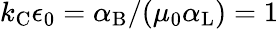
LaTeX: k_{\mathrm{{C}}}\epsilon_{0}=\alpha_{\mathrm{{B}}}/(\mu_{0}\alpha_{\mathrm{{L}}})=1